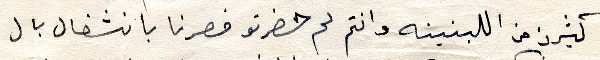
كثيرن من اللبنينه وانتم لم حضرتو فصرنا بانشغال بال